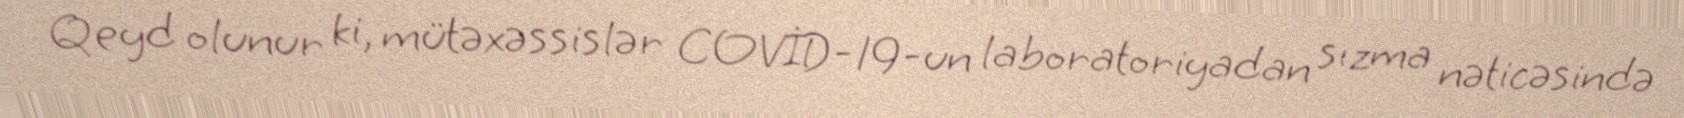
Qeyd olunur ki, mütəxəssislər COVİD-19-un laboratoriyadan sızma nəticəsində